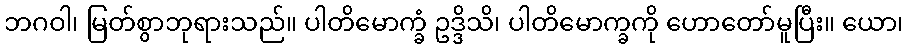
ဘဂဝါ၊ မြတ်စွာဘုရားသည်။ ပါတိမောက္ခံ ဥဒ္ဒိသိ၊ ပါတိမောက္ခကို ဟောတော်မူပြီး။ ယော၊